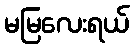
မမြလေးရယ်